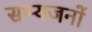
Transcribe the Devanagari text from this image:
सभ्यजनों